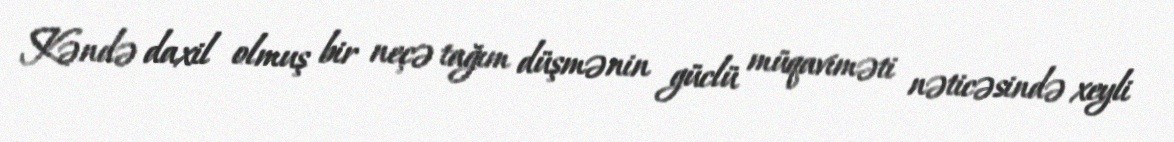
Kəndə daxil olmuş bir neçə tağım düşmənin güclü müqaviməti nəticəsində xeyli